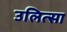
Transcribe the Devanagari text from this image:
उलित्सा